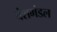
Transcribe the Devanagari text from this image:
वंशमंडल